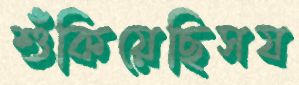
শুঁকিয়েছিসয